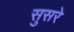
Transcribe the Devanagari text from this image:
सुसरे